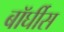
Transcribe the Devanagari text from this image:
बॉर्घीस